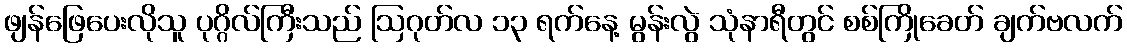
ဖျန်ဖြေပေးလိုသူ ပုဂ္ဂိလ်ကြီးသည် ဩဂုတ်လ ၁၃ ရက်နေ့ မွန်းလွဲ သုံနာရီတွင် စစ်ကြိုခေတ် ချက်ဗလက်